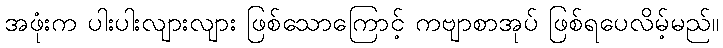
အဖုံးက ပါးပါးလျားလျား ဖြစ်သောကြောင့် ကဗျာစာအုပ် ဖြစ်ရပေလိမ့်မည်။